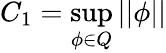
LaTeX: C_{1}=\operatorname*{sup}_{\phi\in Q}||\phi||